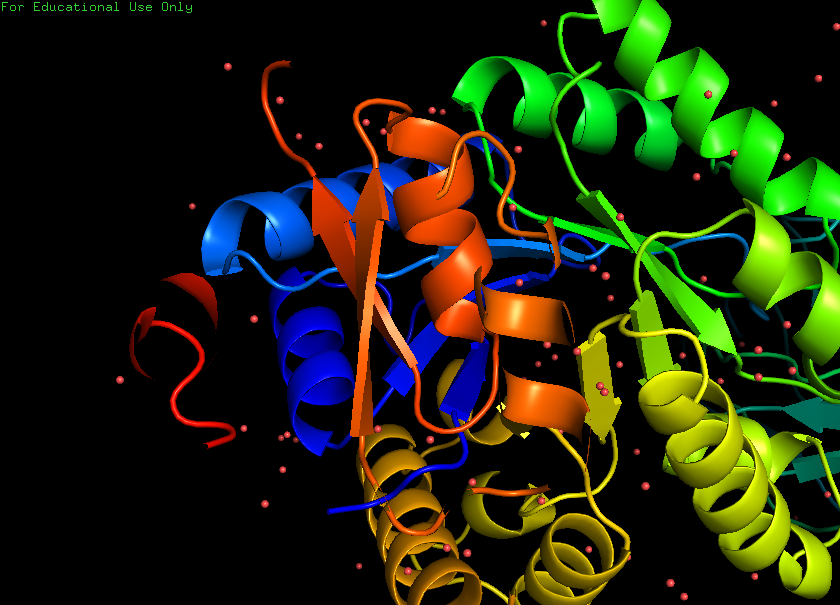
pymol, preset, pretty_solv